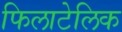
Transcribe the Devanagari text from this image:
फिलाटेलिक